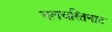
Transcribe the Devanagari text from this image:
नलचरितनाट